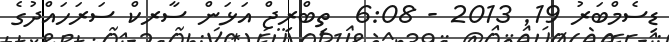
ޑިސެމްބަރު 19